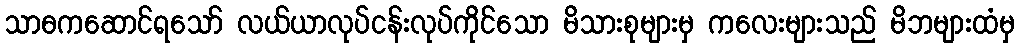
သာဓကဆောင်ရသော် လယ်ယာလုပ်ငန်းလုပ်ကိုင်သော မိသားစုများမှ ကလေးများသည် မိဘများထံမှ